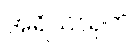
အရိယသုတ်